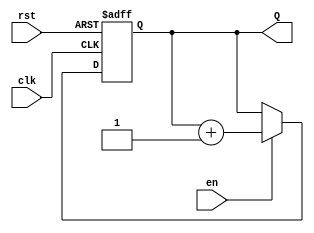
module up_counter_with_enable #(
    parameter N = 4  // Parameter to define the width of the counter (n bits)
)(
    input wire clk,   // Clock signal
    input wire en,    // Enable signal
    input wire rst,   // Asynchronous reset signal
    output reg [N-1:0] Q // n-bit output representing the current count value
);

// Always block triggered on the rising edge of the clock or the reset signal
always @(posedge clk or posedge rst) begin
    if (rst) begin
        Q <= 0; // Reset the counter to zero
    end else if (en) begin
        Q <= Q + 1; // Increment the counter
    end
    // If en is low, the counter retains its value (no action needed)
end

endmodule